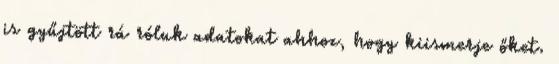
is gyűjtött rá róluk adatokat ahhoz, hogy kiismerje őket.